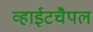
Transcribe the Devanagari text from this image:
व्हाईटचैपल